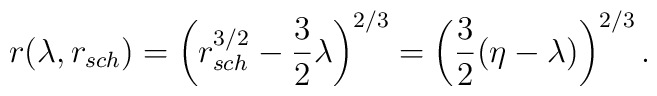
r(\lambda,r_{sch}) = \left (r_{sch}^{3/2} - {3\over 2}\lambda \right )^{2/3}    = \left ( {3\over 2} (\eta - \lambda) \right )^{2/3}.